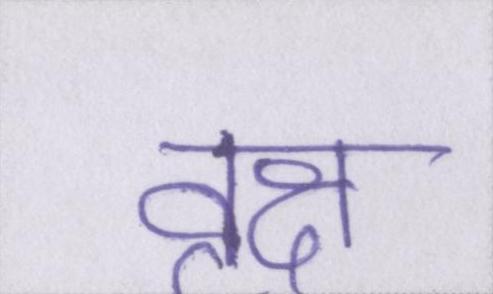
वृक्ष